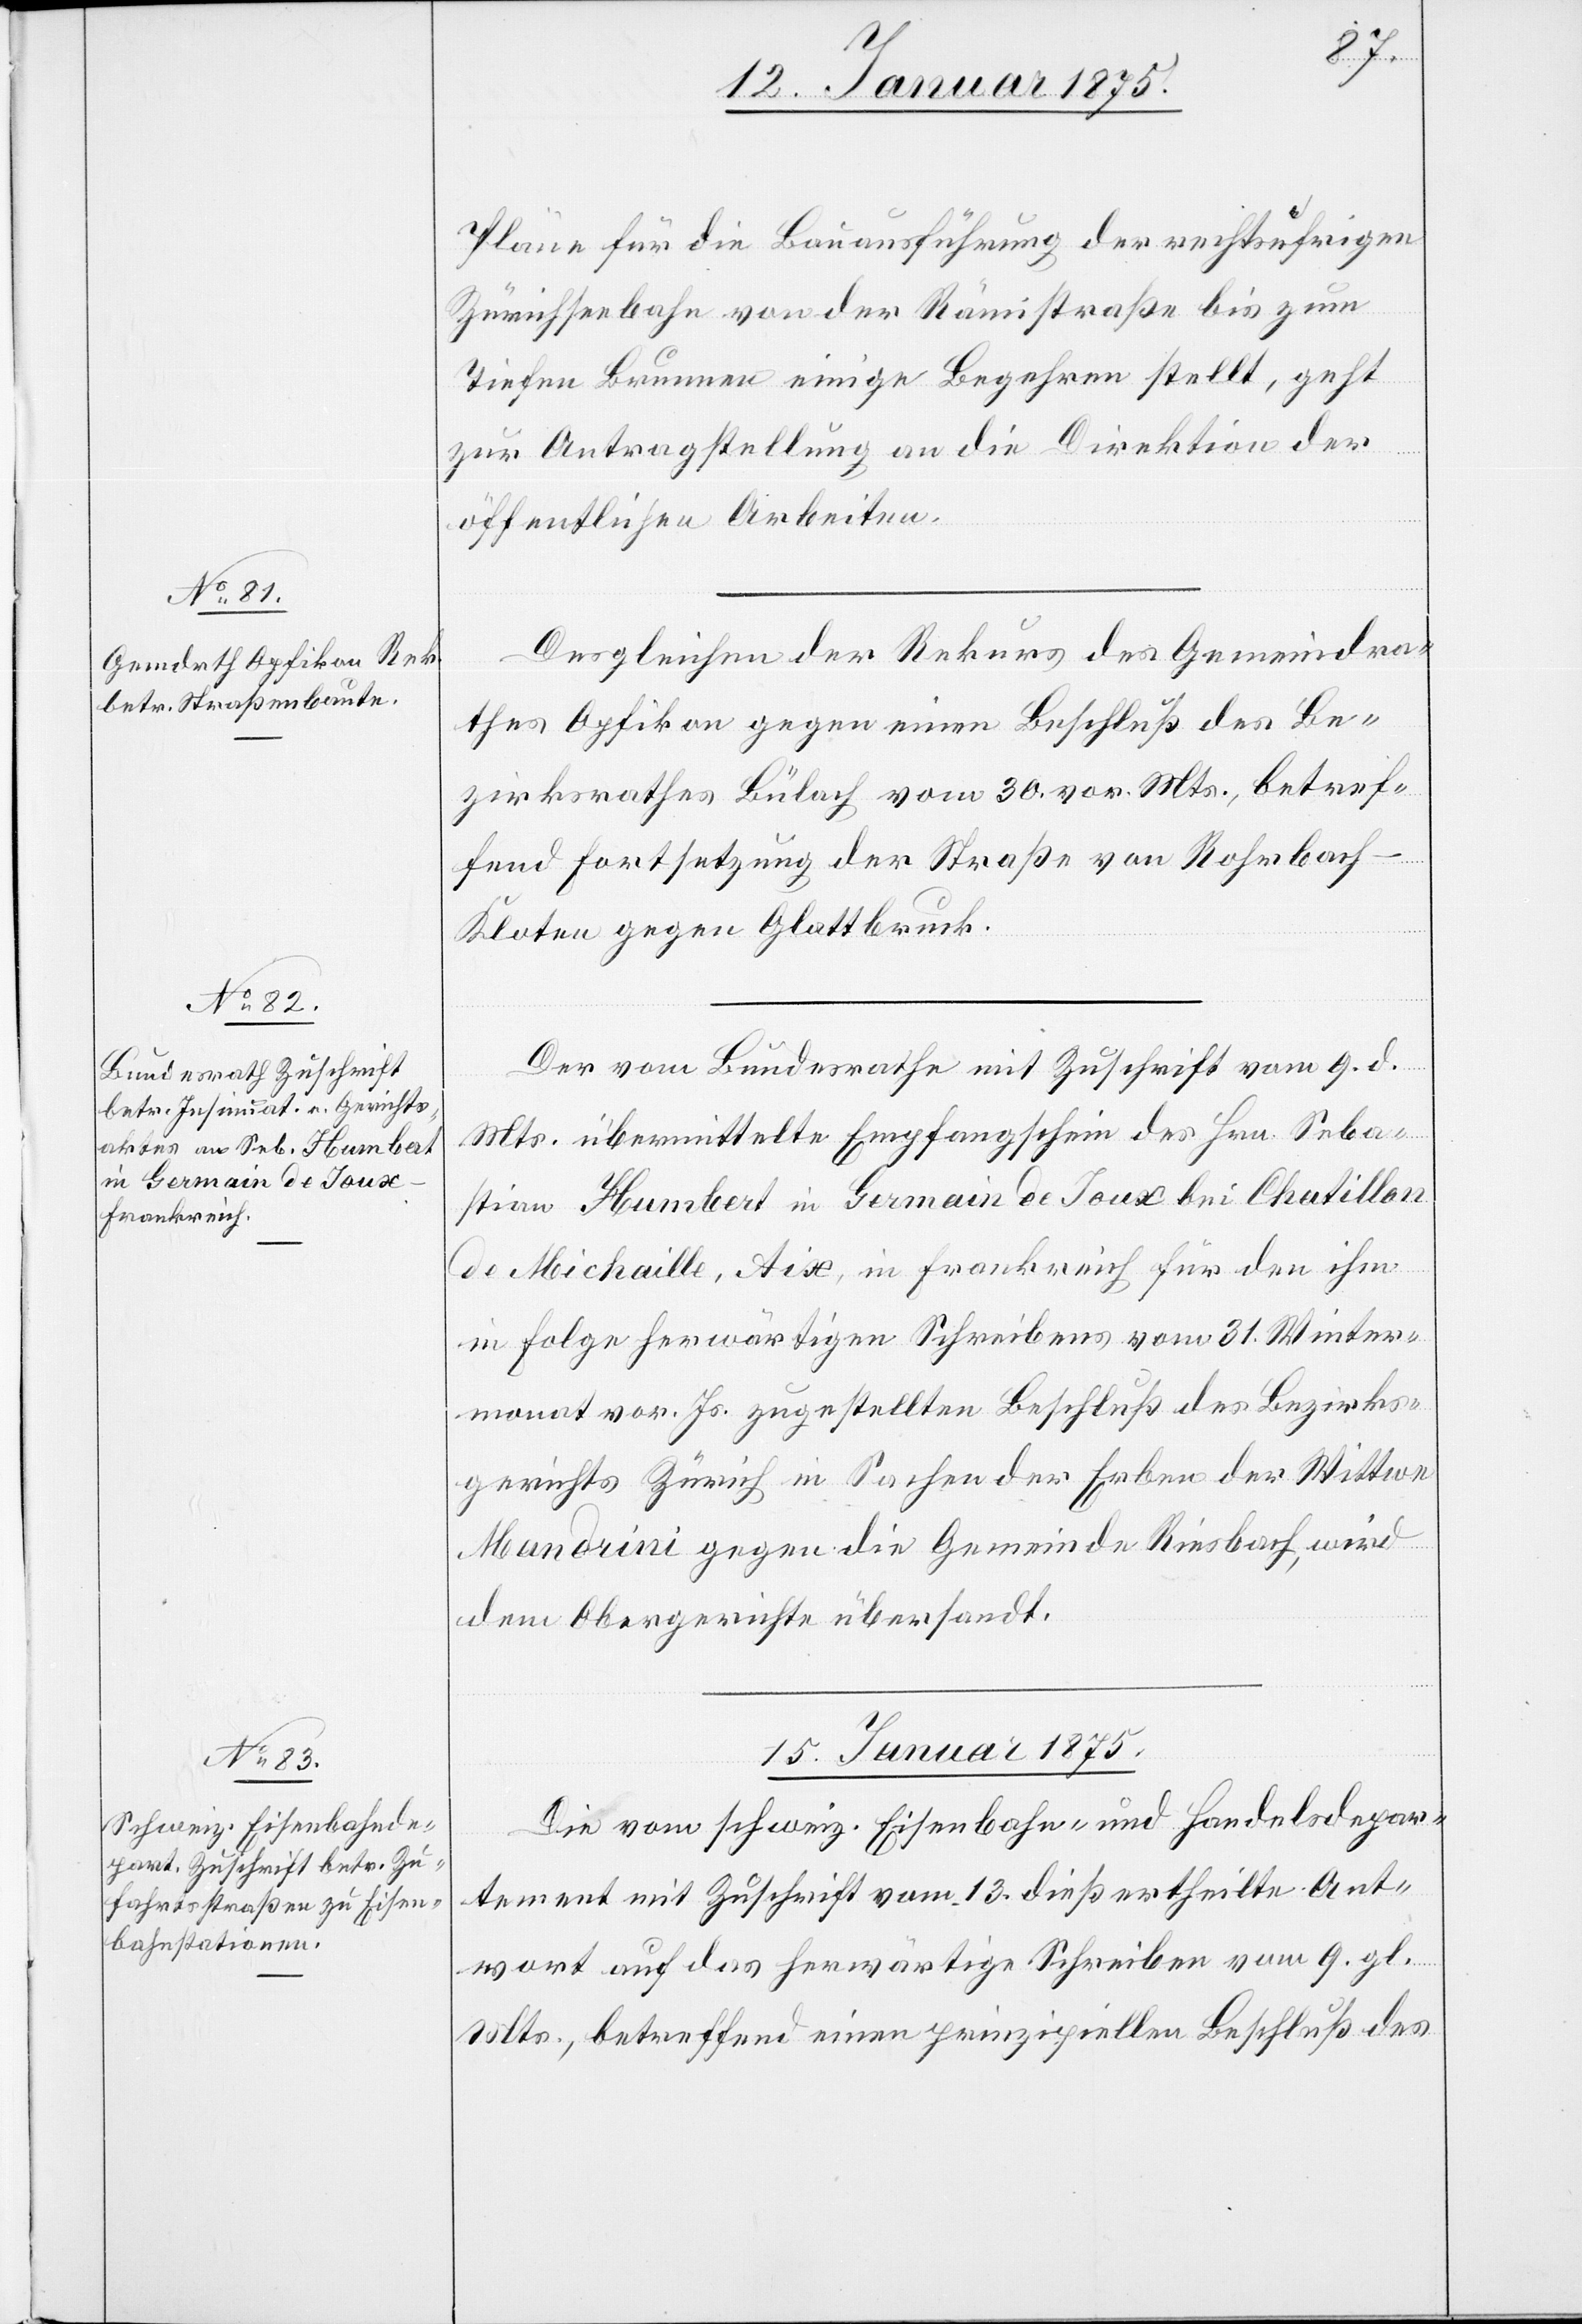
14. Januar 1875]
Pläne für die Bauausführung der rechtsufrigen
Zürichseebahn von der Rämistraße bis zum
Tiefen Brunnen einige Begehren gestellt, geht
zur Antragstellung an die Direktion der
öffentlichen Arbeiten.
Desgleichen der Rekurs des Gemeindra¬
thes Opfikon gegen einen Beschluß des Be¬
zirksrathes Bülach vom 30. vor. Mts., betref¬
fend Fortsetzung der Straße von Rohrbach-K¬
loten gegen Glattbruck.
Der vom Bundesrathe mit Zuschrift vom 9. d.
Mts. übermittelte Empfangschein des Hrn. Seba¬
stian Humbert in Germain de Joux bei Chatillon
de Michaille, Aise, in Frankreich für den ihm
in Folge herwärtigen Schreibens vom 31. Winter¬
monat vor. Js. zugestellten Beschluß des Bezirks¬
gerichtes Zürich in Sachen der Erben der Wittwe
Mandrini gegen die Gemeinde Riesbach, wird
dem Obergerichte übersandt.
15. Januar 1875
Die vom schweiz. Eisenbahn- und Handelsdepar¬
tement mit Zuschrift vom 13. dieß ertheilte Ant¬
wort auf das herwärtige Schreiben vom 9. gl.
Mts., betreffend einen prinzipiellen Beschluß des